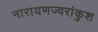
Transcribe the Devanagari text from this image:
नारायणज्वरांकुश